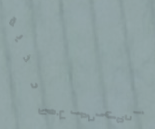
أجمل الحقائب والأحذية لمو